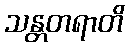
သန္တတရာတိ